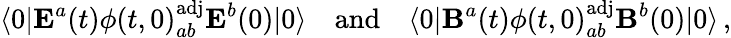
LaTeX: \langle 0|{\mathbf E}^{a}(t)\phi(t,0)_{ab}^{\mathrm{adj}}{\mathbf E}^{b}(0)|0\rangle\quad\mathrm{and}\quad\langle 0|{\mathbf B}^{a}(t)\phi(t,0)_{ab}^{\mathrm{adj}}{\mathbf B}^{b}(0)|0\rangle\, ,